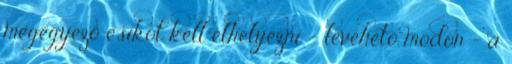
megegyezõ csíkot kell elhelyezni - levehetõ módon - a